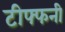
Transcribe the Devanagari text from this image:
टीफ्फनी